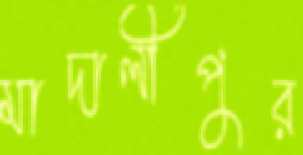
মাদালীপুর